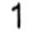
1